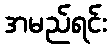
အမည်ရင်း